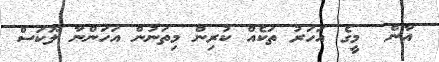
އާން  މީގެ އަހަރު ތަކެއް ކުރިން މިތަނުން އަހަންނާ ލޫކަސް